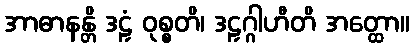
အာဓာနန္တိ ဒဠှံ ဝုစ္စတိ၊ ဒဠှဂ္ဂါဟီတိ အတ္ထော။